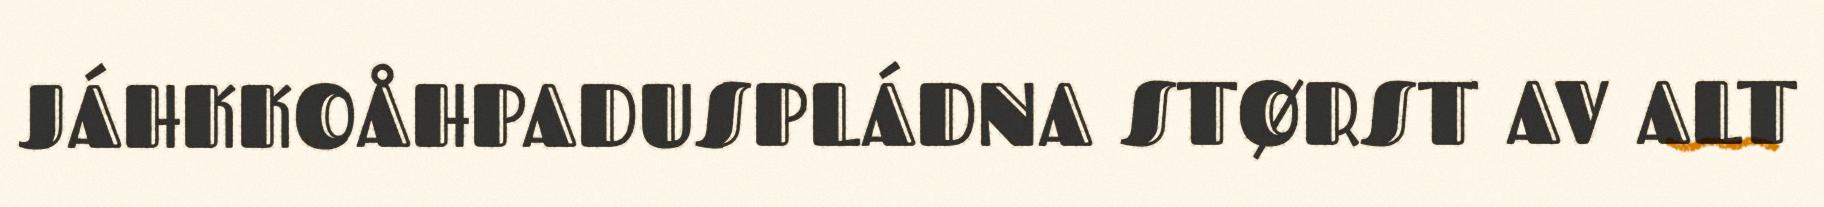
JÁHKKOÅHPADUSPLÁDNA STØRST AV ALT